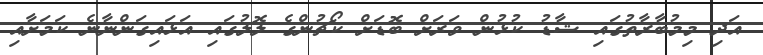
އަދި މިމުބާރާތުގައި ޝާޑު ކުޅުން ވަަރަށް ބޮޑަށް ކޯޗުންގެ ލޮލުގައި އަޅައިގަންނާނެ ކަމަށާއި